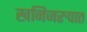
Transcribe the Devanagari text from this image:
खनिजरुपात